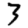
Digit: 3